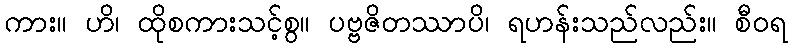
ကား။ ဟိ၊ ထိုစကားသင့်စွ။ ပဗ္ဗဇိတဿာပိ၊ ရဟန်းသည်လည်း။ စီဝရ